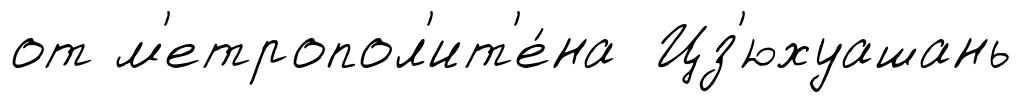
от м'етропол'ит'е́на Цз'юхуашань